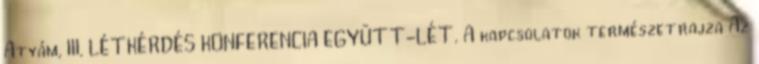
Atyám, III. LÉTKÉRDÉS KONFERENCIA EGYÜTT-LÉT. A kapcsolatok természetrajza Az